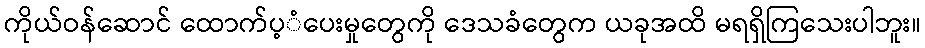
ကိုယ်ဝန်ဆောင် ထောက်ပ့ံပေးမှုတွေကို ဒေသခံတွေက ယခုအထိ မရရှိကြသေးပါဘူး။